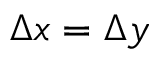
\Delta x = \Delta y